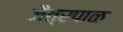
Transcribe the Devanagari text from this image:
जैत्रपाळ